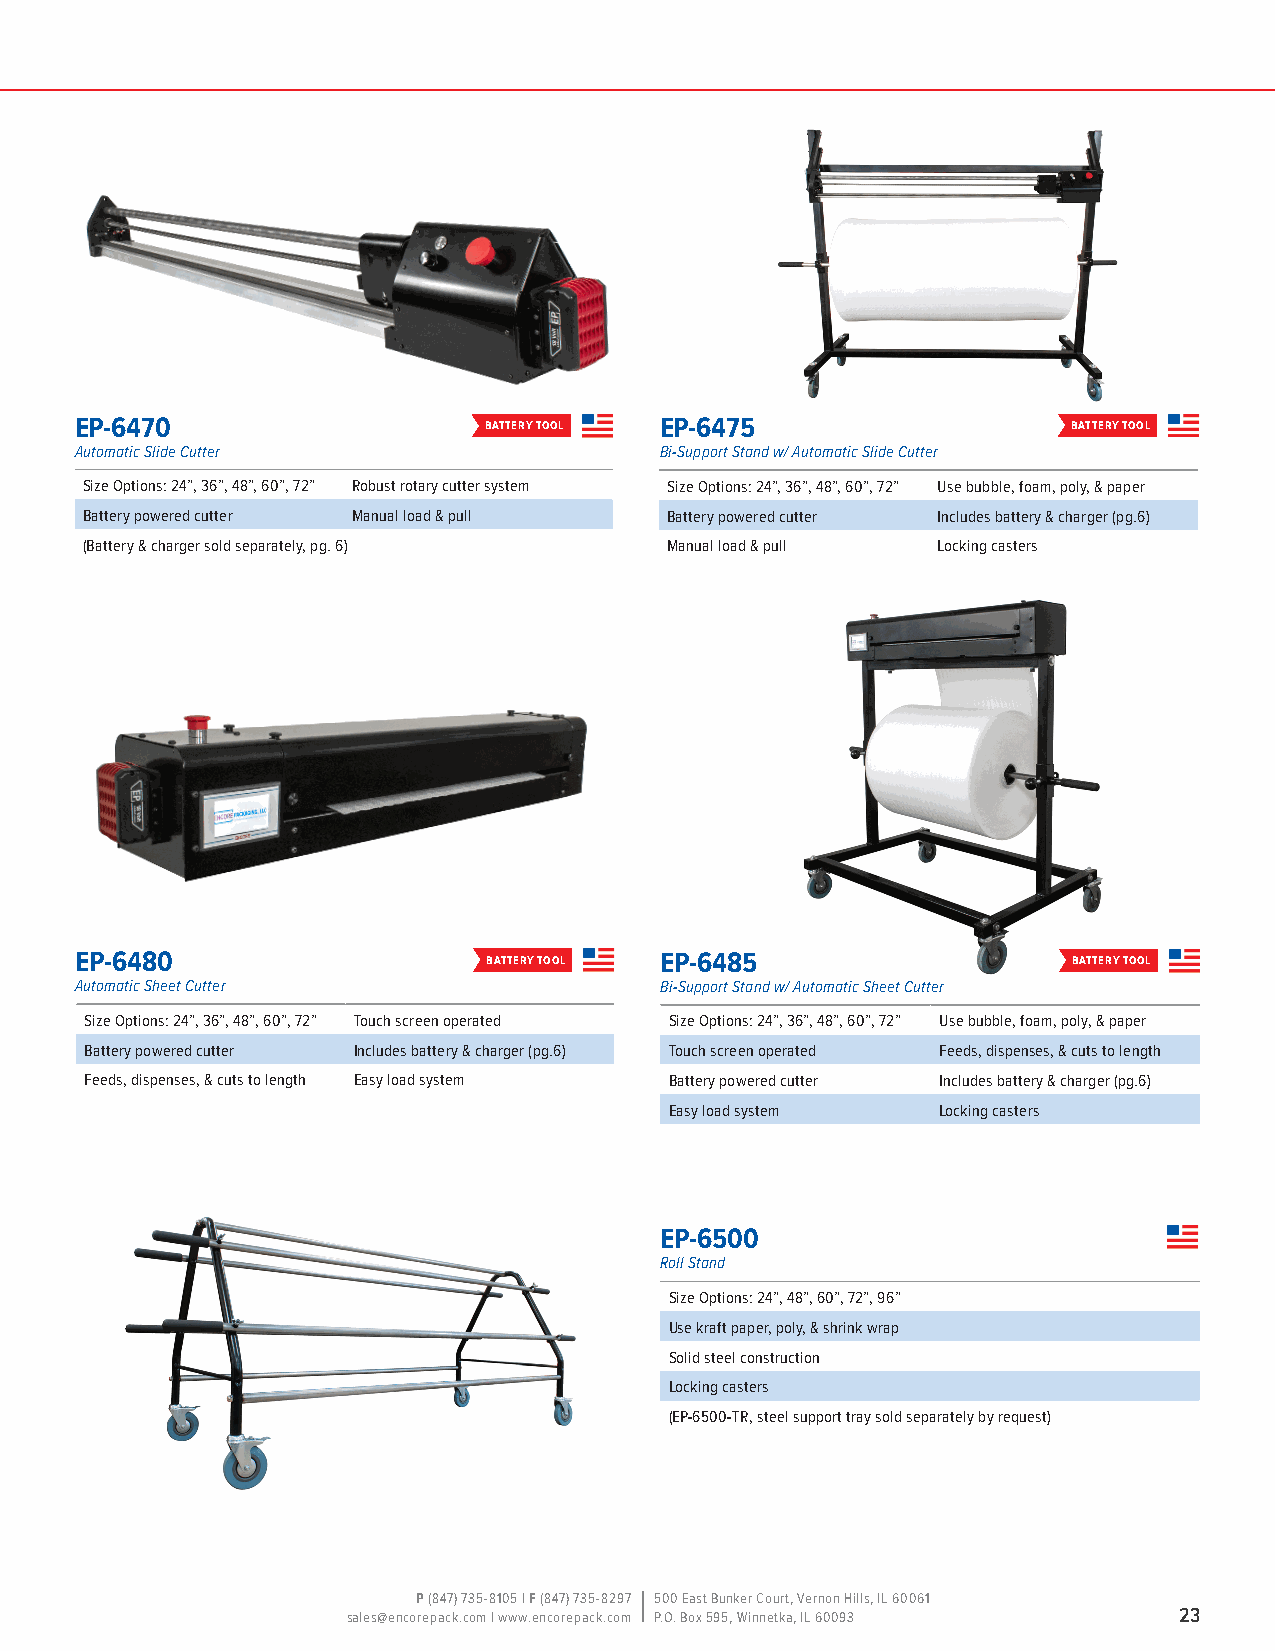
EP-6470                    battery tool EP-6475                   battery tool
 Automatic Slide Cutter                 Bi-Support Stand w/ Automatic Slide Cutter
 Size Options: 24”, 36”, 48”, 60”, 72” Robust rotary cutter system Size Options: 24”, 36”, 48”, 60”, 72” Use bubble, foam, poly, & paper
 Battery powered cutter Manual load & pull Battery powered cutter Includes battery & charger (pg.6)
 (Battery & charger sold separately, pg. 6) Manual load & pull Locking casters
 EP-6480                    battery tool EP-6485                   battery tool
 Automatic Sheet Cutter                 Bi-Support Stand w/ Automatic Sheet Cutter
 Size Options: 24”, 36”, 48”, 60”, 72” Touch screen operated Size Options: 24”, 36”, 48”, 60”, 72” Use bubble, foam, poly, & paper
 Battery powered cutter Includes battery & charger (pg.6) Touch screen operated Feeds, dispenses, & cuts to length
 Feeds, dispenses, & cuts to length Easy load system Battery powered cutter Includes battery & charger (pg.6)
 Easy load system  Locking casters
 EP-6500
 Roll Stand
 Size Options: 24”, 48”, 60”, 72”, 96”
 Use kraft paper, poly, & shrink wrap
 Solid steel construction
 Locking casters
 (EP-6500-TR, steel support tray sold separately by request)
 P (847) 735-8105 | F (847) 735-8297 500 East Bunker Court, Vernon Hills, IL 60061
 sales@encorepack.com | www.encorepack.com P.O. Box 595, Winnetka, IL 60093 23